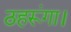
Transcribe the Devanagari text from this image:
ठहरूंगा।